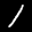
Digit: 1